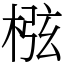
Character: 㭹